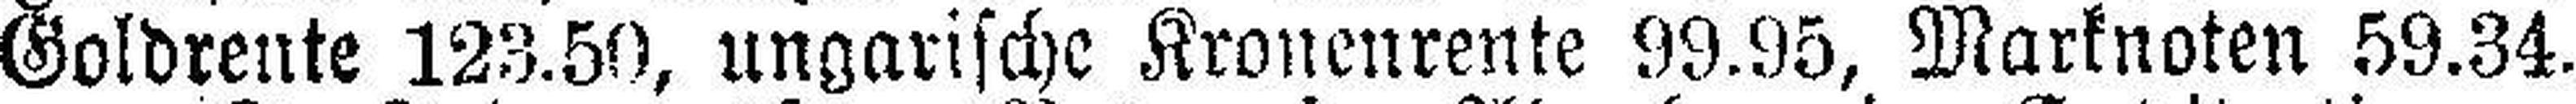
Goldrente 123.50, ungarische Kronenrente 99.95, Marknoten 59.34.